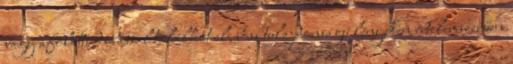
vagy afölötti dobással találhat el, boss tulajdonságú lényeken értelemszerűen